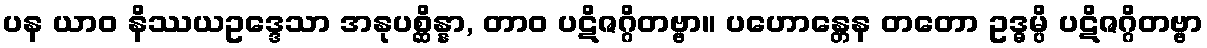
ပန ယာဝ နိဿယဥဒ္ဒေသာ အနုပစ္ဆိန္နာ, တာဝ ပဋိဇဂ္ဂိတဗ္ဗာ။ ပဟောန္တေန တတော ဥဒ္ဓမ္ပိ ပဋိဇဂ္ဂိတဗ္ဗာ